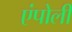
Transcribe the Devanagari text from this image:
एंपोली